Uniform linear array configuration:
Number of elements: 64
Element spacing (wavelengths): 0.25
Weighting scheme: cosine
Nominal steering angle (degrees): -45
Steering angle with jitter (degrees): -44.457
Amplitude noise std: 0.05
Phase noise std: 0.05

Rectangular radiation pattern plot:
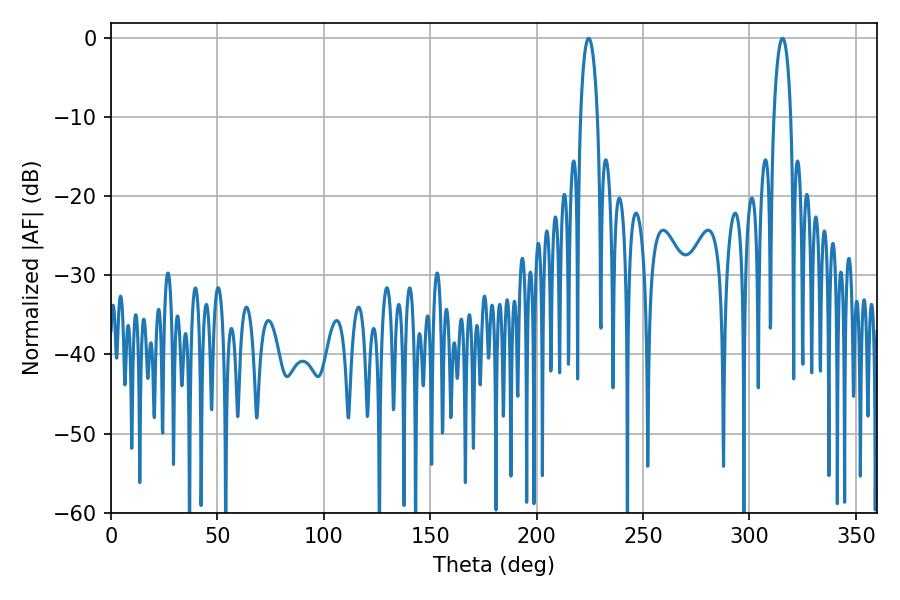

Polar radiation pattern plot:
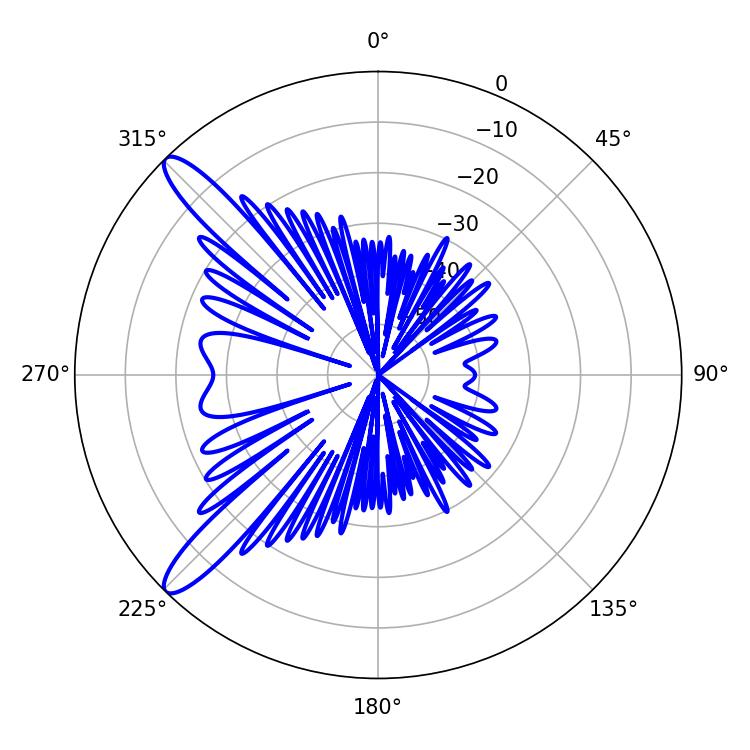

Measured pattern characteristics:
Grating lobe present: FALSE
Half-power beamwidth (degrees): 4.5
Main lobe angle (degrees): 224.46